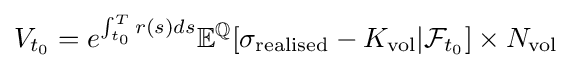
V_{t_{0}}=e^{\int _{t_{0}}^{T}r(s)ds}\mathbb {E} ^{\mathbb {Q} }[\sigma _{\text{realised}}-K_{\text{vol}}|{\mathcal {F}}_{t_{0}}]\times N_{\text{vol}}